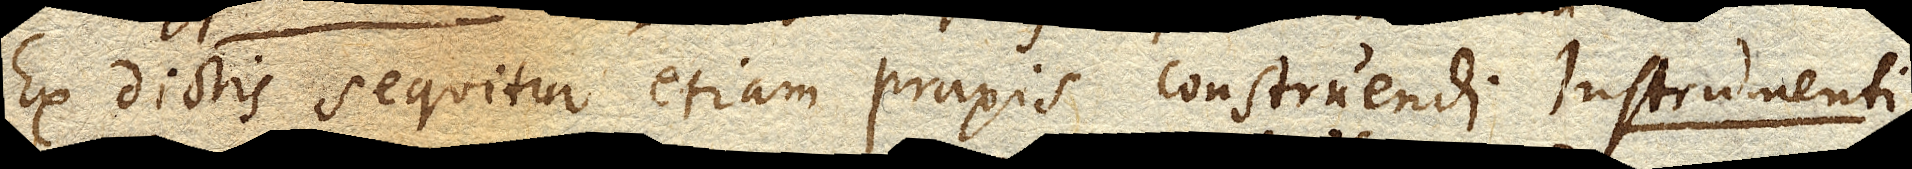
Ex dictis sequitur etiam praxis construendi Instrumenti